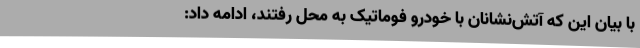
با بیان این که آتش‌نشانان با خودرو فوماتیک به محل رفتند، ادامه داد: